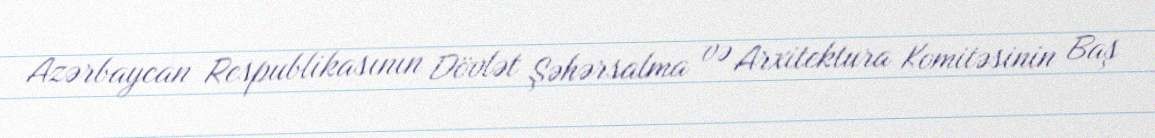
Azərbaycan Respublikasının Dövlət Şəhərsalma və Arxitektura Komitəsinin Baş